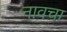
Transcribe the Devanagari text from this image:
नावचा